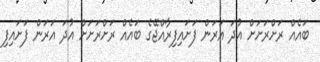
ބައެއް ރަށްރަށަށް އުދަ އަރަން ފަށައިފިރާއްޖޭގެ ބައެއް ރަށްރަށަށް އުދަ އަރަން ފަށައިފި